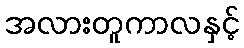
အလားတူကာလနှင့်